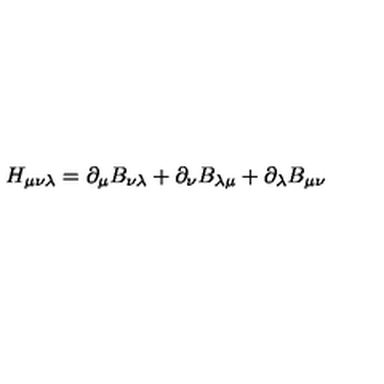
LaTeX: H _ { \mu \nu \lambda } = \partial _ { \mu } B _ { \nu \lambda } + \partial _ { \nu } B _ { \lambda \mu } + \partial _ { \lambda } B _ { \mu \nu }